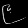
Digit: ၉